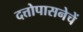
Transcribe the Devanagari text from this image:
दत्तोपासनेचें